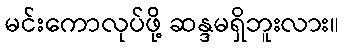
မင်းကောလုပ်ဖို့ ဆန္ဒမရှိဘူးလား။